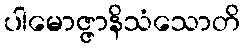
ပါမောဇ္ဇာနိသံသောတိ